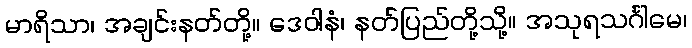
မာရိသာ၊ အချင်းနတ်တို့။ ဒေဝါနံ၊ နတ်ပြည်တို့သို့။ အသုရသင်္ဂါမေ၊